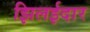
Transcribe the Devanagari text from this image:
झिलईदार